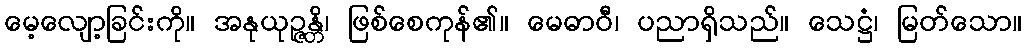
မေ့လျော့ခြင်းကို။ အနုယုဉ္ဇန္တိ၊ ဖြစ်စေကုန်၏။ မေဓာဝီ၊ ပညာရှိသည်။ သေဋ္ဌံ၊ မြတ်သော။